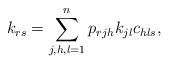
LaTeX: \begin{align*}k_{rs}=\sum_{j,h,l=1}^{n}p_{rjh}k_{jl}c_{hls},\end{align*}